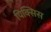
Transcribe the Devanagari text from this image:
पिक्सिस